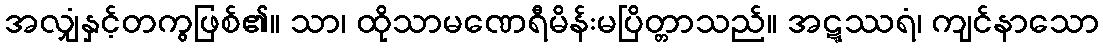
အလျှံနှင့်တကွဖြစ်၏။ သာ၊ ထိုသာမဏေရီမိန်းမပြိတ္တာသည်။ အဋ္ဋဿရံ၊ ကျင်နာသော